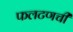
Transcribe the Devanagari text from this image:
फलटणची